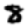
Digit: 8